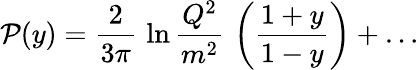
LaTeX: {\cal P}(y)={\frac{2}{3\pi}}\, \ln{\frac{Q^{2}}{m^{2}}}\, \left(\frac{1+y}{1-y}\right)+\dots